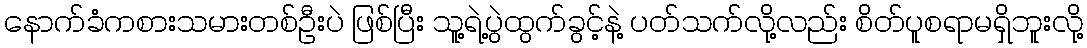
နောက်ခံကစားသမားတစ်ဦးပဲ ဖြစ်ပြီး သူ့ရဲ့ပွဲထွက်ခွင့်နဲ့ ပတ်သက်လို့လည်း စိတ်ပူစရာမရှိဘူးလို့